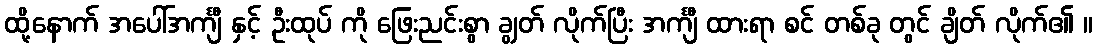
ထို့နောက် အပေါ်အင်္ကျီ နှင့် ဦးထုပ် ကို ဖြေးညင်းစွာ ချွတ် လိုက်ပြီး အင်္ကျီ ထားရာ စင် တစ်ခု တွင် ချိတ် လိုက်၏ ။